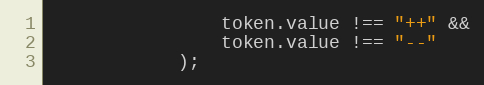
Language: JavaScript
                token.value !== "++" &&
                token.value !== "--"
            );